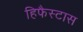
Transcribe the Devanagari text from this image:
हिफैस्टास